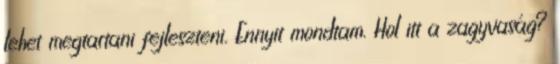
lehet megtartani fejleszteni. Ennyit mondtam. Hol itt a zagyvaság?